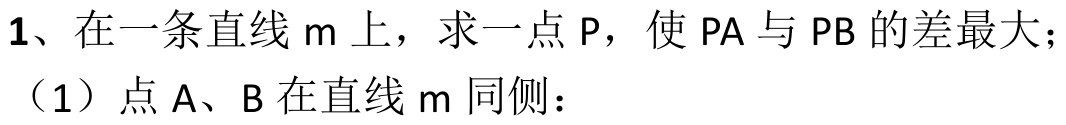
1、在一条直线 \(m\) 上，求一点 \(P\)，使 \(PA\) 与 \(PB\) 的差最大；
（1）点 \(A\)、\(B\) 在直线 \(m\) 同侧：